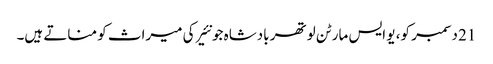
21 دسمبر کو، یو ایس مارٹن لوتھر بادشاہ جونئیر کی میراث کو مناتے ہیں۔